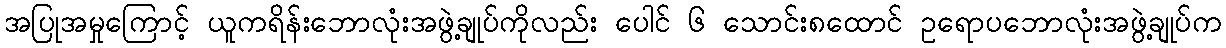
အပြုအမှုကြောင့် ယူကရိန်းဘောလုံးအဖွဲ့ချုပ်ကိုလည်း ပေါင် ၆ သောင်း၈ထောင် ဥရောပဘောလုံးအဖွဲ့ချုပ်က